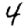
Digit: 4